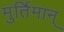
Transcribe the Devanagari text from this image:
मुर्तिमान्